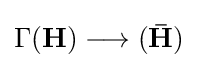
\Gamma ({\boldsymbol {\mathbf {H} }})\longrightarrow ({\boldsymbol {\mathbf {\bar {H}} }})